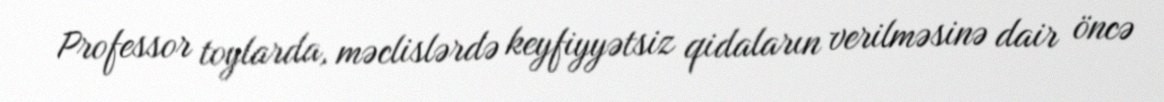
Professor toylarda, məclislərdə keyfiyyətsiz qidaların verilməsinə dair öncə